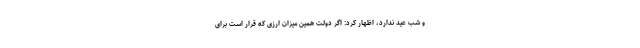
و شب عید ندارد، اظهار کرد: اگر دولت همین میزان ارزی که قرار است برای